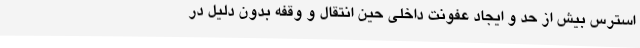
استرس بیش از حد و ایجاد عفونت داخلی حین انتقال و وقفه بدون دلیل در